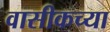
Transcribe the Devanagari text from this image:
वासीकच्या